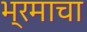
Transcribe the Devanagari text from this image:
भ्रमाचा